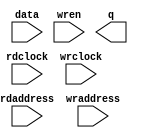
// megafunction wizard: %RAM: 2-PORT%VBB%
// GENERATION: STANDARD
// VERSION: WM1.0
// MODULE: altsyncram 

// ============================================================
// Megafunction Name(s):
// 			altsyncram
//
// Simulation Library Files(s):
// 			altera_mf
// ============================================================
// ************************************************************
// THIS IS A WIZARD-GENERATED FILE. DO NOT EDIT THIS FILE!
//
// 22.1std.2 Build 922 07/20/2023 SC Lite Edition
// ************************************************************

//Copyright (C) 2023  Intel Corporation. All rights reserved.
//Your use of Intel Corporation's design tools, logic functions 
//and other software and tools, and any partner logic 
//functions, and any output files from any of the foregoing 
//(including device programming or simulation files), and any 
//associated documentation or information are expressly subject 
//to the terms and conditions of the Intel Program License 
//Subscription Agreement, the Intel Quartus Prime License Agreement,
//the Intel FPGA IP License Agreement, or other applicable license
//agreement, including, without limitation, that your use is for
//the sole purpose of programming logic devices manufactured by
//Intel and sold by Intel or its authorized distributors.  Please
//refer to the applicable agreement for further details, at
//https://fpgasoftware.intel.com/eula.

module memory (
	data,
	rdaddress,
	rdclock,
	wraddress,
	wrclock,
	wren,
	q);

	input	[13:0]  data;
	input	[13:0]  rdaddress;
	input	  rdclock;
	input	[13:0]  wraddress;
	input	  wrclock;
	input	  wren;
	output	[13:0]  q;
`ifndef ALTERA_RESERVED_QIS
// synopsys translate_off
`endif
	tri1	  wrclock;
	tri0	  wren;
`ifndef ALTERA_RESERVED_QIS
// synopsys translate_on
`endif

endmodule

// ============================================================
// CNX file retrieval info
// ============================================================
// Retrieval info: PRIVATE: ADDRESSSTALL_A NUMERIC "0"
// Retrieval info: PRIVATE: ADDRESSSTALL_B NUMERIC "0"
// Retrieval info: PRIVATE: BYTEENA_ACLR_A NUMERIC "0"
// Retrieval info: PRIVATE: BYTEENA_ACLR_B NUMERIC "0"
// Retrieval info: PRIVATE: BYTE_ENABLE_A NUMERIC "0"
// Retrieval info: PRIVATE: BYTE_ENABLE_B NUMERIC "0"
// Retrieval info: PRIVATE: BYTE_SIZE NUMERIC "8"
// Retrieval info: PRIVATE: BlankMemory NUMERIC "1"
// Retrieval info: PRIVATE: CLOCK_ENABLE_INPUT_A NUMERIC "0"
// Retrieval info: PRIVATE: CLOCK_ENABLE_INPUT_B NUMERIC "0"
// Retrieval info: PRIVATE: CLOCK_ENABLE_OUTPUT_A NUMERIC "0"
// Retrieval info: PRIVATE: CLOCK_ENABLE_OUTPUT_B NUMERIC "0"
// Retrieval info: PRIVATE: CLRdata NUMERIC "0"
// Retrieval info: PRIVATE: CLRq NUMERIC "0"
// Retrieval info: PRIVATE: CLRrdaddress NUMERIC "0"
// Retrieval info: PRIVATE: CLRrren NUMERIC "0"
// Retrieval info: PRIVATE: CLRwraddress NUMERIC "0"
// Retrieval info: PRIVATE: CLRwren NUMERIC "0"
// Retrieval info: PRIVATE: Clock NUMERIC "1"
// Retrieval info: PRIVATE: Clock_A NUMERIC "0"
// Retrieval info: PRIVATE: Clock_B NUMERIC "0"
// Retrieval info: PRIVATE: IMPLEMENT_IN_LES NUMERIC "0"
// Retrieval info: PRIVATE: INDATA_ACLR_B NUMERIC "0"
// Retrieval info: PRIVATE: INDATA_REG_B NUMERIC "0"
// Retrieval info: PRIVATE: INIT_FILE_LAYOUT STRING "PORT_B"
// Retrieval info: PRIVATE: INIT_TO_SIM_X NUMERIC "0"
// Retrieval info: PRIVATE: INTENDED_DEVICE_FAMILY STRING "Cyclone IV E"
// Retrieval info: PRIVATE: JTAG_ENABLED NUMERIC "0"
// Retrieval info: PRIVATE: JTAG_ID STRING "NONE"
// Retrieval info: PRIVATE: MAXIMUM_DEPTH NUMERIC "0"
// Retrieval info: PRIVATE: MEMSIZE NUMERIC "229376"
// Retrieval info: PRIVATE: MEM_IN_BITS NUMERIC "0"
// Retrieval info: PRIVATE: MIFfilename STRING ""
// Retrieval info: PRIVATE: OPERATION_MODE NUMERIC "2"
// Retrieval info: PRIVATE: OUTDATA_ACLR_B NUMERIC "0"
// Retrieval info: PRIVATE: OUTDATA_REG_B NUMERIC "1"
// Retrieval info: PRIVATE: RAM_BLOCK_TYPE NUMERIC "0"
// Retrieval info: PRIVATE: READ_DURING_WRITE_MODE_MIXED_PORTS NUMERIC "2"
// Retrieval info: PRIVATE: READ_DURING_WRITE_MODE_PORT_A NUMERIC "3"
// Retrieval info: PRIVATE: READ_DURING_WRITE_MODE_PORT_B NUMERIC "3"
// Retrieval info: PRIVATE: REGdata NUMERIC "1"
// Retrieval info: PRIVATE: REGq NUMERIC "0"
// Retrieval info: PRIVATE: REGrdaddress NUMERIC "1"
// Retrieval info: PRIVATE: REGrren NUMERIC "1"
// Retrieval info: PRIVATE: REGwraddress NUMERIC "1"
// Retrieval info: PRIVATE: REGwren NUMERIC "1"
// Retrieval info: PRIVATE: SYNTH_WRAPPER_GEN_POSTFIX STRING "0"
// Retrieval info: PRIVATE: USE_DIFF_CLKEN NUMERIC "0"
// Retrieval info: PRIVATE: UseDPRAM NUMERIC "1"
// Retrieval info: PRIVATE: VarWidth NUMERIC "0"
// Retrieval info: PRIVATE: WIDTH_READ_A NUMERIC "14"
// Retrieval info: PRIVATE: WIDTH_READ_B NUMERIC "14"
// Retrieval info: PRIVATE: WIDTH_WRITE_A NUMERIC "14"
// Retrieval info: PRIVATE: WIDTH_WRITE_B NUMERIC "14"
// Retrieval info: PRIVATE: WRADDR_ACLR_B NUMERIC "0"
// Retrieval info: PRIVATE: WRADDR_REG_B NUMERIC "0"
// Retrieval info: PRIVATE: WRCTRL_ACLR_B NUMERIC "0"
// Retrieval info: PRIVATE: enable NUMERIC "0"
// Retrieval info: PRIVATE: rden NUMERIC "0"
// Retrieval info: LIBRARY: altera_mf altera_mf.altera_mf_components.all
// Retrieval info: CONSTANT: ADDRESS_ACLR_B STRING "NONE"
// Retrieval info: CONSTANT: ADDRESS_REG_B STRING "CLOCK1"
// Retrieval info: CONSTANT: CLOCK_ENABLE_INPUT_A STRING "BYPASS"
// Retrieval info: CONSTANT: CLOCK_ENABLE_INPUT_B STRING "BYPASS"
// Retrieval info: CONSTANT: CLOCK_ENABLE_OUTPUT_B STRING "BYPASS"
// Retrieval info: CONSTANT: INTENDED_DEVICE_FAMILY STRING "Cyclone IV E"
// Retrieval info: CONSTANT: LPM_TYPE STRING "altsyncram"
// Retrieval info: CONSTANT: NUMWORDS_A NUMERIC "16384"
// Retrieval info: CONSTANT: NUMWORDS_B NUMERIC "16384"
// Retrieval info: CONSTANT: OPERATION_MODE STRING "DUAL_PORT"
// Retrieval info: CONSTANT: OUTDATA_ACLR_B STRING "NONE"
// Retrieval info: CONSTANT: OUTDATA_REG_B STRING "CLOCK1"
// Retrieval info: CONSTANT: POWER_UP_UNINITIALIZED STRING "FALSE"
// Retrieval info: CONSTANT: WIDTHAD_A NUMERIC "14"
// Retrieval info: CONSTANT: WIDTHAD_B NUMERIC "14"
// Retrieval info: CONSTANT: WIDTH_A NUMERIC "14"
// Retrieval info: CONSTANT: WIDTH_B NUMERIC "14"
// Retrieval info: CONSTANT: WIDTH_BYTEENA_A NUMERIC "1"
// Retrieval info: USED_PORT: data 0 0 14 0 INPUT NODEFVAL "data[13..0]"
// Retrieval info: USED_PORT: q 0 0 14 0 OUTPUT NODEFVAL "q[13..0]"
// Retrieval info: USED_PORT: rdaddress 0 0 14 0 INPUT NODEFVAL "rdaddress[13..0]"
// Retrieval info: USED_PORT: rdclock 0 0 0 0 INPUT NODEFVAL "rdclock"
// Retrieval info: USED_PORT: wraddress 0 0 14 0 INPUT NODEFVAL "wraddress[13..0]"
// Retrieval info: USED_PORT: wrclock 0 0 0 0 INPUT VCC "wrclock"
// Retrieval info: USED_PORT: wren 0 0 0 0 INPUT GND "wren"
// Retrieval info: CONNECT: @address_a 0 0 14 0 wraddress 0 0 14 0
// Retrieval info: CONNECT: @address_b 0 0 14 0 rdaddress 0 0 14 0
// Retrieval info: CONNECT: @clock0 0 0 0 0 wrclock 0 0 0 0
// Retrieval info: CONNECT: @clock1 0 0 0 0 rdclock 0 0 0 0
// Retrieval info: CONNECT: @data_a 0 0 14 0 data 0 0 14 0
// Retrieval info: CONNECT: @wren_a 0 0 0 0 wren 0 0 0 0
// Retrieval info: CONNECT: q 0 0 14 0 @q_b 0 0 14 0
// Retrieval info: GEN_FILE: TYPE_NORMAL memory.v TRUE
// Retrieval info: GEN_FILE: TYPE_NORMAL memory.inc FALSE
// Retrieval info: GEN_FILE: TYPE_NORMAL memory.cmp FALSE
// Retrieval info: GEN_FILE: TYPE_NORMAL memory.bsf FALSE
// Retrieval info: GEN_FILE: TYPE_NORMAL memory_inst.v FALSE
// Retrieval info: GEN_FILE: TYPE_NORMAL memory_bb.v TRUE
// Retrieval info: LIB_FILE: altera_mf